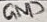
Text: GND